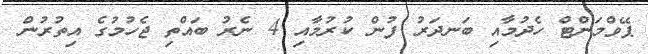
ޕޭވްމަންޓް ހެދުމާއި ބަނދަރު ފުން ކުރުމާއި 4 ނެރު ބައްތި ޖެހުމުގެ އިތުރުން